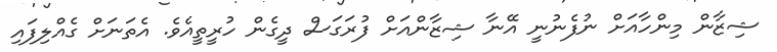
ޝިޒާން މިންހާއަށް ނުފެނުނީ އޭނާ ޝިޒާންއަށް ފުރަގަސް ދީގެން ހުރީތީއެވެ. އެތަނަށް ގެއްލިފައި